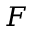
F